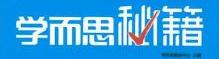
学而思秘籍